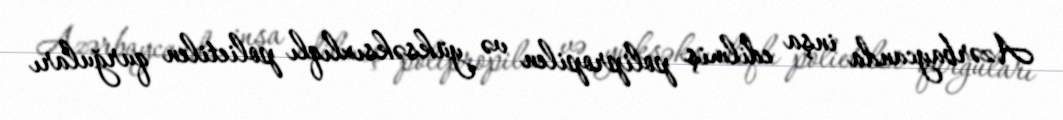
Azərbaycanda inşa edilmiş polipropilen və yüksəksıxlıqlı polietilen qurğuları